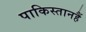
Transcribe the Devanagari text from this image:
पाकिस्तानहैं